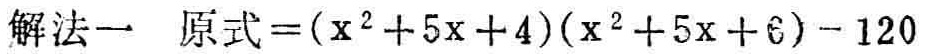
解法一 原式\(=(x^{2}+5x + 4)(x^{2}+5x + 6)-120\)